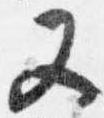
又